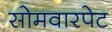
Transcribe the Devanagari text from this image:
सोमवारपेट